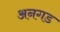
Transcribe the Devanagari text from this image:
अनगड